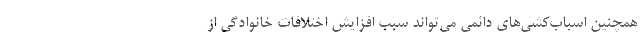
همچنین اسباب‌کشی‌های دائمی می‌تواند سبب افزایش اختلافات خانوادگی از